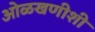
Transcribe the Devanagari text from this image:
ओळखणीशी